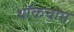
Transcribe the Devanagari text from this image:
थॉकचोम